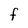
Character: F